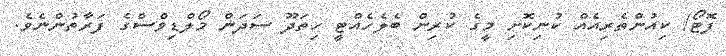
ފޮޓޯ/ ކިއުންތެރިއެއް ކުނިކޮށި މީގެ ކުރިން ބެލެހެއްޓީ ހިތަދޫ ސަދަން މޯލްޑިވްސްގެ ފަރާތުންނެވެެ.